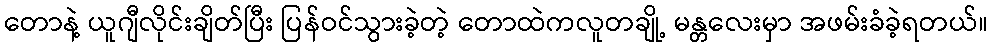
တောနဲ့ ယူဂျီလိုင်းချိတ်ပြီး ပြန်ဝင်သွားခဲ့တဲ့ တောထဲကလူတချို့ မန္တလေးမှာ အဖမ်းခံခဲ့ရတယ်။